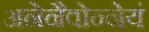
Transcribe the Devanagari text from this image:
अनेनैवोन्नेयं